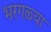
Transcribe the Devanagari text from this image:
भरगळ्या